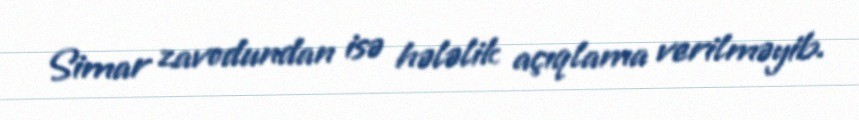
Simar zavodundan isə hələlik açıqlama verilməyib.